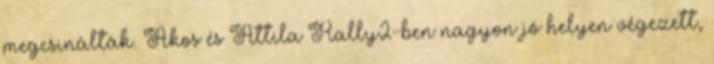
megcsinálták. Ákos és Attila Rally2-ben nagyon jó helyen végezett,